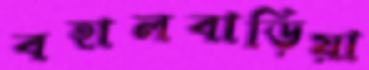
বহালবাড়িয়া